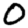
Digit: 0